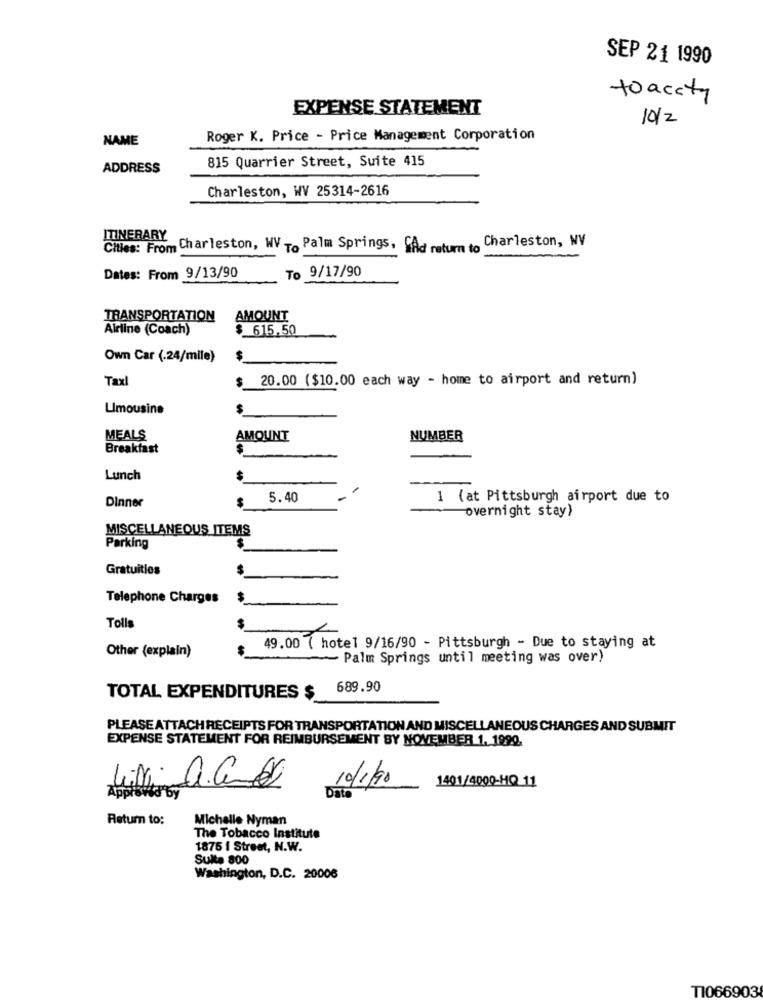
SEP 21 1990
to acity
EXPENSE STATEMENT
10/2
NAME
Roger K. Price - Price Management Corporation
815 Quarrier Street, Suite 415
ADDRESS
Charleston, WV 25314-2616
ITINERARY Charleston, WV To Palm Springs, Ad return to Charleston, NV
Cities: From
To 9/17/90
Dates: From 9/13/90
TRANSPORTATION
AMOUNT
Airline (Coach)
$ 615.50
Own Car (.24/mile)
$
Taxl
$
20.00 ($10.00 each way - home to airport and return)
Limousine
MEALS
AMOUNT
NUMBER
Breakfast
Lunch
5.40
1 (at Pittsburgh airport due to
Dinner
overnight stay)
MISCELLANEOUS ITEMS
Parking
Gratuitles
Telephone Charges
Tolls
Other (explain)
49.00 ( hotel 9/16/90 - Pittsburgh - Due to staying at
- Palm Springs until meeting was over)
689.90
TOTAL EXPENDITURES $
PLEASE ATTACH RECEIPTS FOR TRANSPORTATION AND MISCELLANEOUS CHARGES AND SUBMIT
EXPENSE STATEMENT FOR REIMBURSEMENT BY NOVEMBER 1. 1990.
10/1/90
1401/4000-HQ 11
to by
Data
Return to:
Michelle Nyman
The Tobacco Institute
1875 I Street, N.W.
Suite 800
Washington, D.C. 20006
T1066903